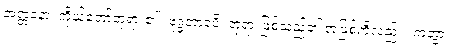
အတ္တနော၊ ကိုယ်တော်ဘုရား၏။ ဗုဒ္ဓဘာဝံပိ၊ ဘုရားဖြစ်သည်၏ အဖြစ်ကိုလည်း။ ကတွာ၊